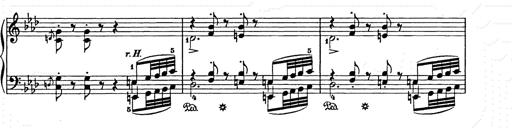
Title: Weihnachtsbaum
Composer: Franz Liszt